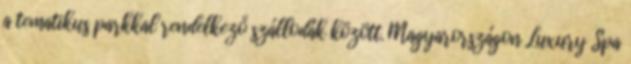
a tematikus parkkal rendelkező szállodák között. Magyarországon Luxury Spa